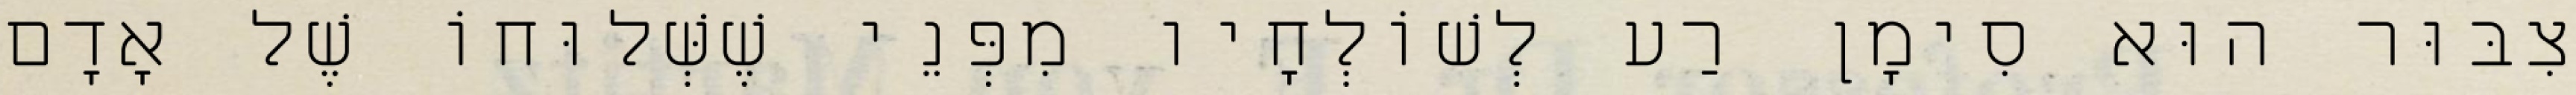
צִבּוּר הוּא סִימָן רַע לְשׁוֹלְחָיו מִפְּנֵי שֶׁשְּׁלוּחוֹ שֶׁל אָדָם